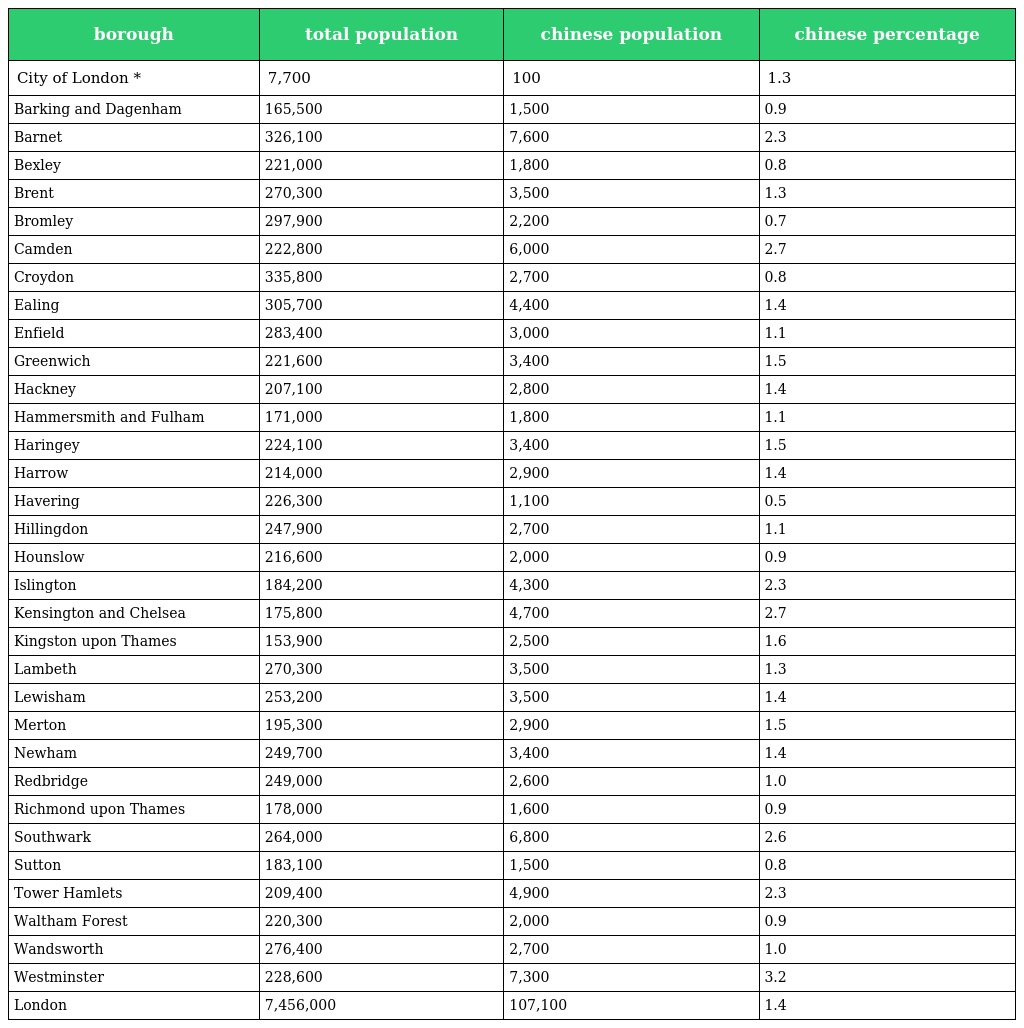
| borough | total population | chinese population | chinese percentage |
 | --- | --- | --- | --- |
 | City of London * | 7,700 | 100 | 1.3 |
 | Barking and Dagenham | 165,500 | 1,500 | 0.9 |
 | Barnet | 326,100 | 7,600 | 2.3 |
 | Bexley | 221,000 | 1,800 | 0.8 |
 | Brent | 270,300 | 3,500 | 1.3 |
 | Bromley | 297,900 | 2,200 | 0.7 |
 | Camden | 222,800 | 6,000 | 2.7 |
 | Croydon | 335,800 | 2,700 | 0.8 |
 | Ealing | 305,700 | 4,400 | 1.4 |
 | Enfield | 283,400 | 3,000 | 1.1 |
 | Greenwich | 221,600 | 3,400 | 1.5 |
 | Hackney | 207,100 | 2,800 | 1.4 |
 | Hammersmith and Fulham | 171,000 | 1,800 | 1.1 |
 | Haringey | 224,100 | 3,400 | 1.5 |
 | Harrow | 214,000 | 2,900 | 1.4 |
 | Havering | 226,300 | 1,100 | 0.5 |
 | Hillingdon | 247,900 | 2,700 | 1.1 |
 | Hounslow | 216,600 | 2,000 | 0.9 |
 | Islington | 184,200 | 4,300 | 2.3 |
 | Kensington and Chelsea | 175,800 | 4,700 | 2.7 |
 | Kingston upon Thames | 153,900 | 2,500 | 1.6 |
 | Lambeth | 270,300 | 3,500 | 1.3 |
 | Lewisham | 253,200 | 3,500 | 1.4 |
 | Merton | 195,300 | 2,900 | 1.5 |
 | Newham | 249,700 | 3,400 | 1.4 |
 | Redbridge | 249,000 | 2,600 | 1.0 |
 | Richmond upon Thames | 178,000 | 1,600 | 0.9 |
 | Southwark | 264,000 | 6,800 | 2.6 |
 | Sutton | 183,100 | 1,500 | 0.8 |
 | Tower Hamlets | 209,400 | 4,900 | 2.3 |
 | Waltham Forest | 220,300 | 2,000 | 0.9 |
 | Wandsworth | 276,400 | 2,700 | 1.0 |
 | Westminster | 228,600 | 7,300 | 3.2 |
 | London | 7,456,000 | 107,100 | 1.4 |